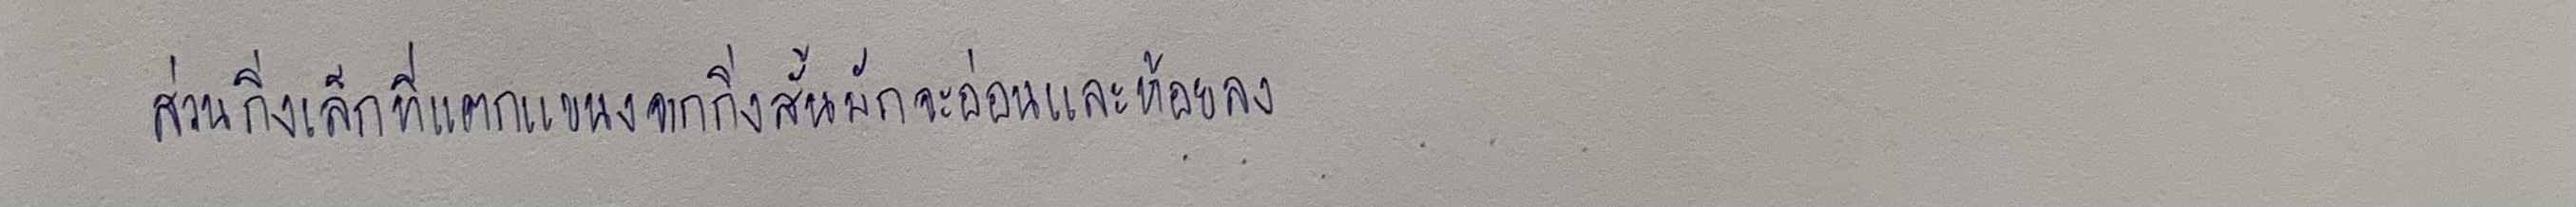
ส่วนกิ่งเล็กที่แตกแขนงจากกิ่งสั้นมักจะอ่อนและห้อยลง